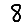
Digit: 8